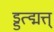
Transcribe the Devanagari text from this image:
ड्डत्द्मत्त्